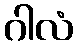
ဂါလံ